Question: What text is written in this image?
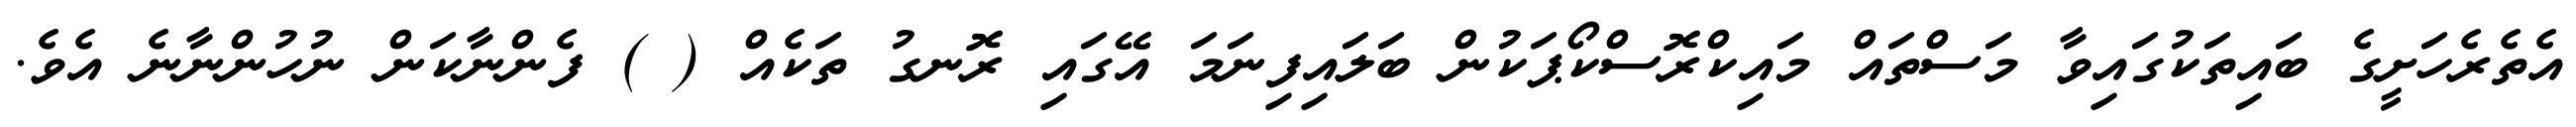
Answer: އެތެރެހަށީގެ ބައިތަކުގައިވާ މަސްތައް މައިކްރޮސްކޯޕަކުން ބަލައިފިނަމަ އޭގައި ރޮނގު ތަކެއް ( ) ފެންނާކަން ނުހުންނާނެ އެވެ.